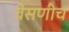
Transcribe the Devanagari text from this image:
वेसणीच